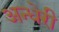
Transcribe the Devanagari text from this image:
अन्धेरी